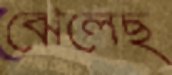
ঝেলেছ